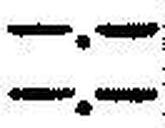
—.—